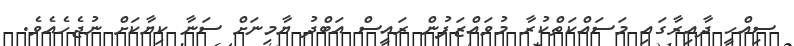
ސިއްހީ ދާއިރާގައި މަސައްކަތްކުރާ މުވައްޒަފުން ރައީސް އަބްދު ޔާމިނަށް ސަނާ ކިޔާކަށް ނުޖެހެއެވެ.